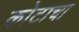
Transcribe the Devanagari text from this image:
कोटाचा